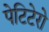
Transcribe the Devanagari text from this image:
पेटिटेरो